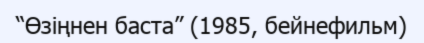
“Өзіңнен баста” (1985, бейнефильм)